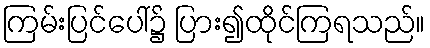
ကြမ်းပြင်ပေါ်၌ ပြား၍ထိုင်ကြရသည်။